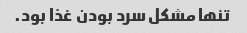
تنها مشکل سرد بودن غذا بود.